Vaccination in Bombay 1902-1912 - 1902-1912
Year: 1902
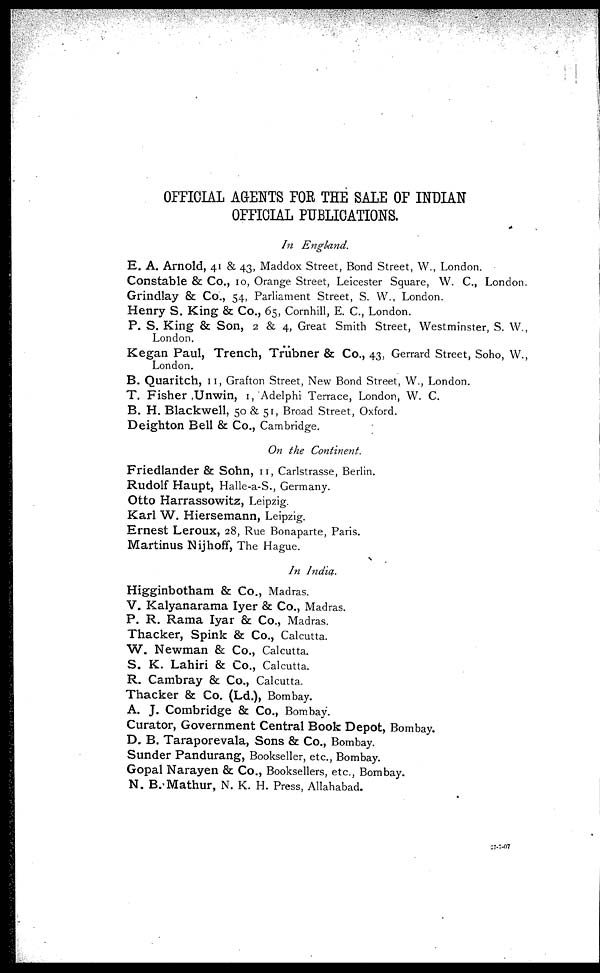
OFFICIAL AGENTS FOR THE SALE OF INDIAN
OFFICIAL PUBLICATIONS.
In England.
E. A. Arnold, 41 & 43, Maddox Street, Bond Street, W., London.
Constable & Co., 10, Orange Street, Leicester Square, W. C., London.
Grindlay & Co., 54, Parliament Street, S. W., London.
Henry S. King & Co., 65, Cornhill, E. C., London.
P. S. King & Son, 2 & 4, Great Smith Street, Westminster, S. W.,
London.
Kegan Paul, Trench, Trübner & Co., 43, Gerrard Street, Soho, W.,
London.
B. Quaritch, 11, Grafton Street, New Bond Street, W., London.
T. Fisher ,Unwin, 1, Adelphi Terrace, London, W. C.
B. H. Blackwell, 50 & 51, Broad Street, Oxford.
Deighton Bell & Co., Cambridge.
On the Continent.
Friedlander & Sohn, 11, Carlstrasse, Berlin.
Rudolf Haupt, Halle-a-S., Germany.
Otto Harrassowitz, Leipzig.
Karl W. Hiersemann, Leipzig.
Ernest Leroux, 28, Rue Bonaparte, Paris.
Martinus Nijhoff, The Hague.
In India.
Higginbotham & Co., Madras.
V. Kalyanarama Iyer & Co., Madras.
P. R. Rama Iyar & Co., Madras.
Thacker, Spink & Co., Calcutta.
W. Newman & Co., Calcutta.
S. K. Lahiri & Co., Calcutta.
R. Cambray & Co., Calcutta.
Thacker & Co. (Ld.), Bombay.
A. J. Combridge & Co., Bombay.
Curator, Government Central Book Depot, Bombay.
D. B. Taraporevala, Sons & Co., Bombay.
Sunder Pandurang, Bookseller, etc., Bombay.
Gopal Narayen & Co., Booksellers, etc., Bombay.
N. B.Mathur, N. K. H. Press, Allahabad.
27-7-07